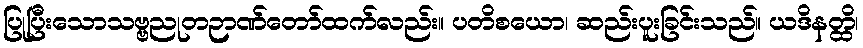
ပြုပြီးသောသဗ္ဗညုတဉာဏ်တော်ထက်လည်း။ ပတိစယော၊ ဆည်းပူးခြင်းသည်။ ယဒိနတ္ထိ၊